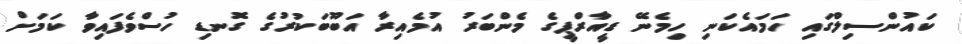
ކައުންސިލްގައި ހަމައެކަނި ހިމެނޭ ޑީއާރްޕީގެ މެންބަރު އުމެއިރާ އަބޫބަކުރުގެ ގޮނޑި ހުސްވެފައިވާ ކަމަށް